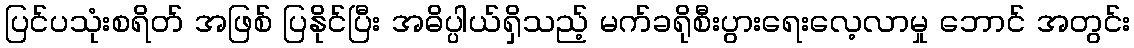
ပြင်ပသုံးစရိတ် အဖြစ် ပြနိုင်ပြီး အဓိပ္ပါယ်ရှိသည့် မက်ခရိုစီးပွားရေးလေ့လာမှု ဘောင် အတွင်း